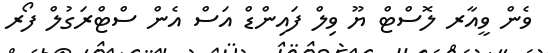
ވެން ވީއާރ ލޮސްޓް ޔޫ ވިލް ފައިންޑް އަސް އެން ސްޓްރަގުލް ފޯރ